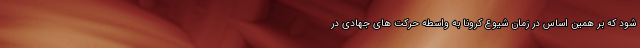
شود که بر همین اساس در زمان شیوع کرونا به واسطه حرکت های جهادی در